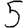
Digit: 5